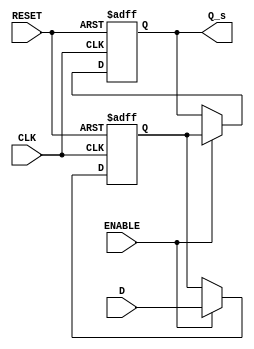
module master_slave_ff_synchronizer (
    input wire D,          // Data input
    input wire CLK,        // Clock input
    input wire RESET,      // Asynchronous reset
    input wire ENABLE,     // Enable signal
    output reg Q_s        // Synchronized output
);

    reg Q_m;              // Output of the master flip-flop

    // Master Flip-Flop: Triggered on the rising edge of CLK
    always @(posedge CLK or posedge RESET) begin
        if (RESET) begin
            Q_m <= 1'b0;  // Reset master flip-flop to 0
        end else if (ENABLE) begin
            Q_m <= D;     // Capture input D on rising edge of CLK
        end
    end

    // Slave Flip-Flop: Triggered on the falling edge of CLK
    always @(negedge CLK or posedge RESET) begin
        if (RESET) begin
            Q_s <= 1'b0;  // Reset slave flip-flop to 0
        end else if (ENABLE) begin
            Q_s <= Q_m;   // Capture output of master flip-flop on falling edge of CLK
        end
    end

endmodule